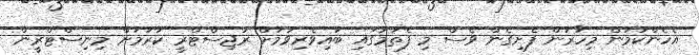
އެހެންކަމުން މިހާރުން ފެށިގެން ވެސް މި ފެތުމުގައި ބައިވެރިވުމަށް ރަޖިސްޓްރީ ކުރުމަށް މިނިސްޓްރީން